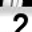
Digit: 2